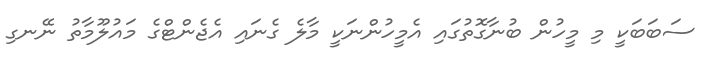
ސަބަބަކީ މި މީހުން ބުނާގޮތުގައި އެމީހުންނަކީ މާލެ ގެނައި އެޖެންޓްގެ މައުލޫމާތު ނޭނގި